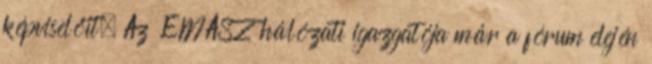
képviselőit. Az ÉMÁSZ hálózati igazgatója már a fórum elején